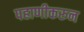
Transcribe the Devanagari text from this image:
पहाणीकरुन